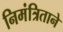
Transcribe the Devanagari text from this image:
निमंत्रिताने